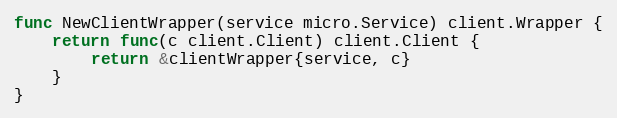
Language: Go
func NewClientWrapper(service micro.Service) client.Wrapper {
	return func(c client.Client) client.Client {
		return &clientWrapper{service, c}
	}
}